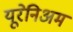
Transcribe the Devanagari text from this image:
यूरेनिअम